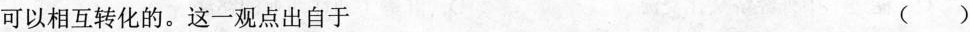
可以相互转化的。这一观点出自于 ( )